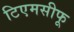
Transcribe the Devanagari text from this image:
टिएमसीफू